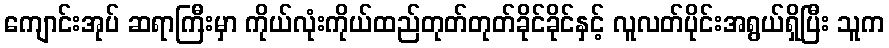
ကျောင်းအုပ် ဆရာကြီးမှာ ကိုယ်လုံးကိုယ်ထည်တုတ်တုတ်ခိုင်ခိုင်နှင့် လူလတ်ပိုင်းအရွယ်ရှိပြီး သူက